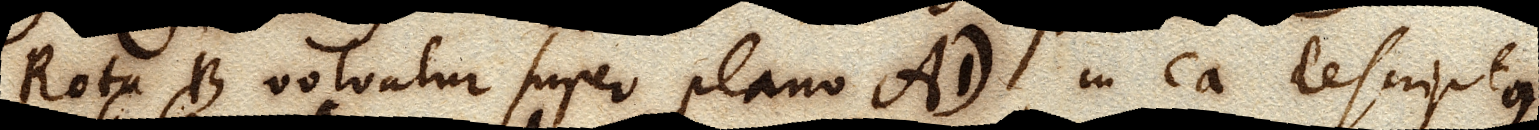
Rota B volvatur super plano AD, in ea descriptus